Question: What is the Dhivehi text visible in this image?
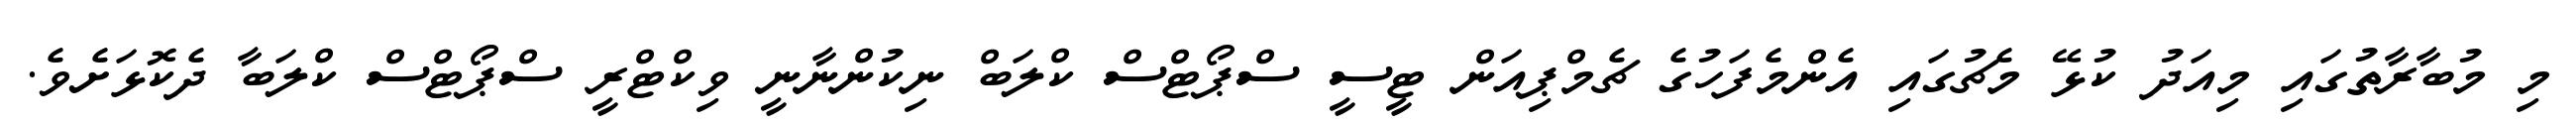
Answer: މި މުބާރާތުގައި މިއަދު ކުޅޭ މެޗުގައި އެންމެފަހުގެ ޗެމްޕިއަން ޓީސީ ސްޕޯޓްސް ކްލަބް ނިކުންނާނީ ވިކްޓްރީ ސްޕޯޓްސް ކްލަބާ ދެކޮޅަށެވެ.